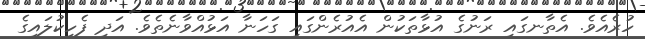
ހުރެއެވެ. އެތާނގައި ރަނުގެ އުޅާތަކުން އެއުރެންގައި ގަހަނާ އަޅުއްވާނެތެވެ. އަދި ފެހިކުލައިގެ